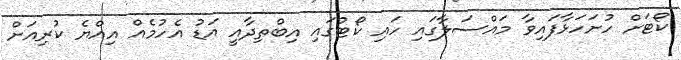
ކޯޓަށް ހުށަހަޅާފައިވާ މައްސަލާގައި ހައި ކޯޓުގައި އިބްތިދާއީ އަޑު އެހުމެއް އިއްޔެ ކުރިއަށް